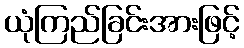
ယုံကြည်ခြင်းအားဖြင့်